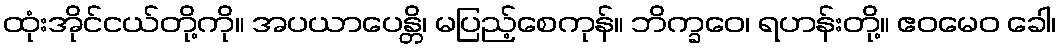
ထုံးအိုင်ငယ်တို့ကို။ အပယာပေန္တိ၊ မပြည့်စေကုန်။ ဘိက္ခဝေ၊ ရဟန်းတို့။ ဧဝမေဝ ခေါ၊